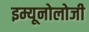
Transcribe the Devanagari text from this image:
इम्यूनोलोजी